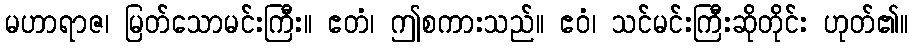
မဟာရာဇ၊ မြတ်သောမင်းကြီး။ ဧတံ၊ ဤစကားသည်။ ဧဝံ၊ သင်မင်းကြီးဆိုတိုင်း ဟုတ်၏။